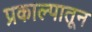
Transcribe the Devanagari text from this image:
प्रकाल्पातून